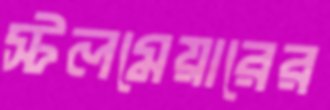
স্টলমেয়ারের